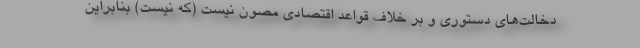
دخالت‌های دستوری و بر خلاف قواعد اقتصادی مصون نیست (که نیست) بنابراین